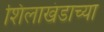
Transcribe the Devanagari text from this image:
शिलाखंडाच्या